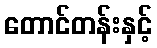
တောင်တန်းနှင့်